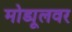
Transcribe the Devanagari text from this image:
मोड्यूलवर